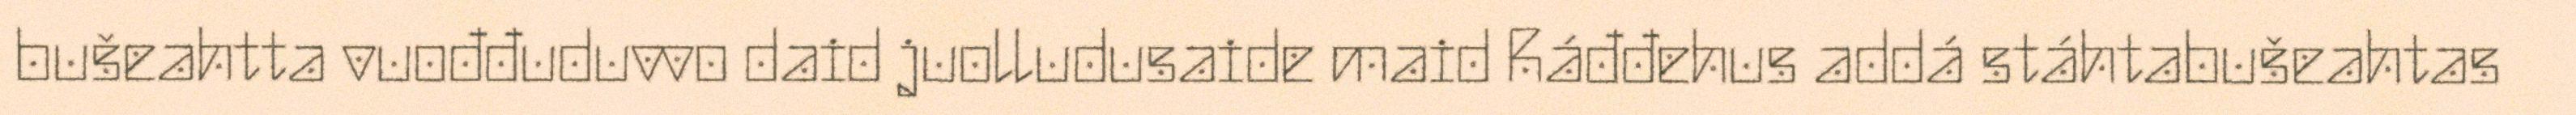
bušeahtta vuođđuduvvo daid juolludusaide maid Ráđđehus addá stáhtabušeahtas